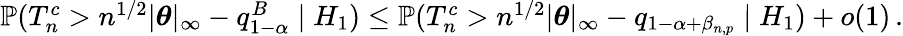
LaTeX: \begin{array}{r}{{\mathbb{P}}({T}_{n}^{c}>n^{1/2}|{\boldsymbol\theta}|_{\infty}-q_{1-\alpha}^{B}\mid H_{1})\leq{\mathbb{P}}({T}_{n}^{c}>n^{1/2}|{\boldsymbol\theta}|_{\infty}-q_{1-\alpha+\beta_{n,p}}\mid H_{1})+o(1)\, .}\end{array}